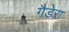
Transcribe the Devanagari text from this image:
गैडेरा